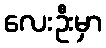
လေးဦးမှာ